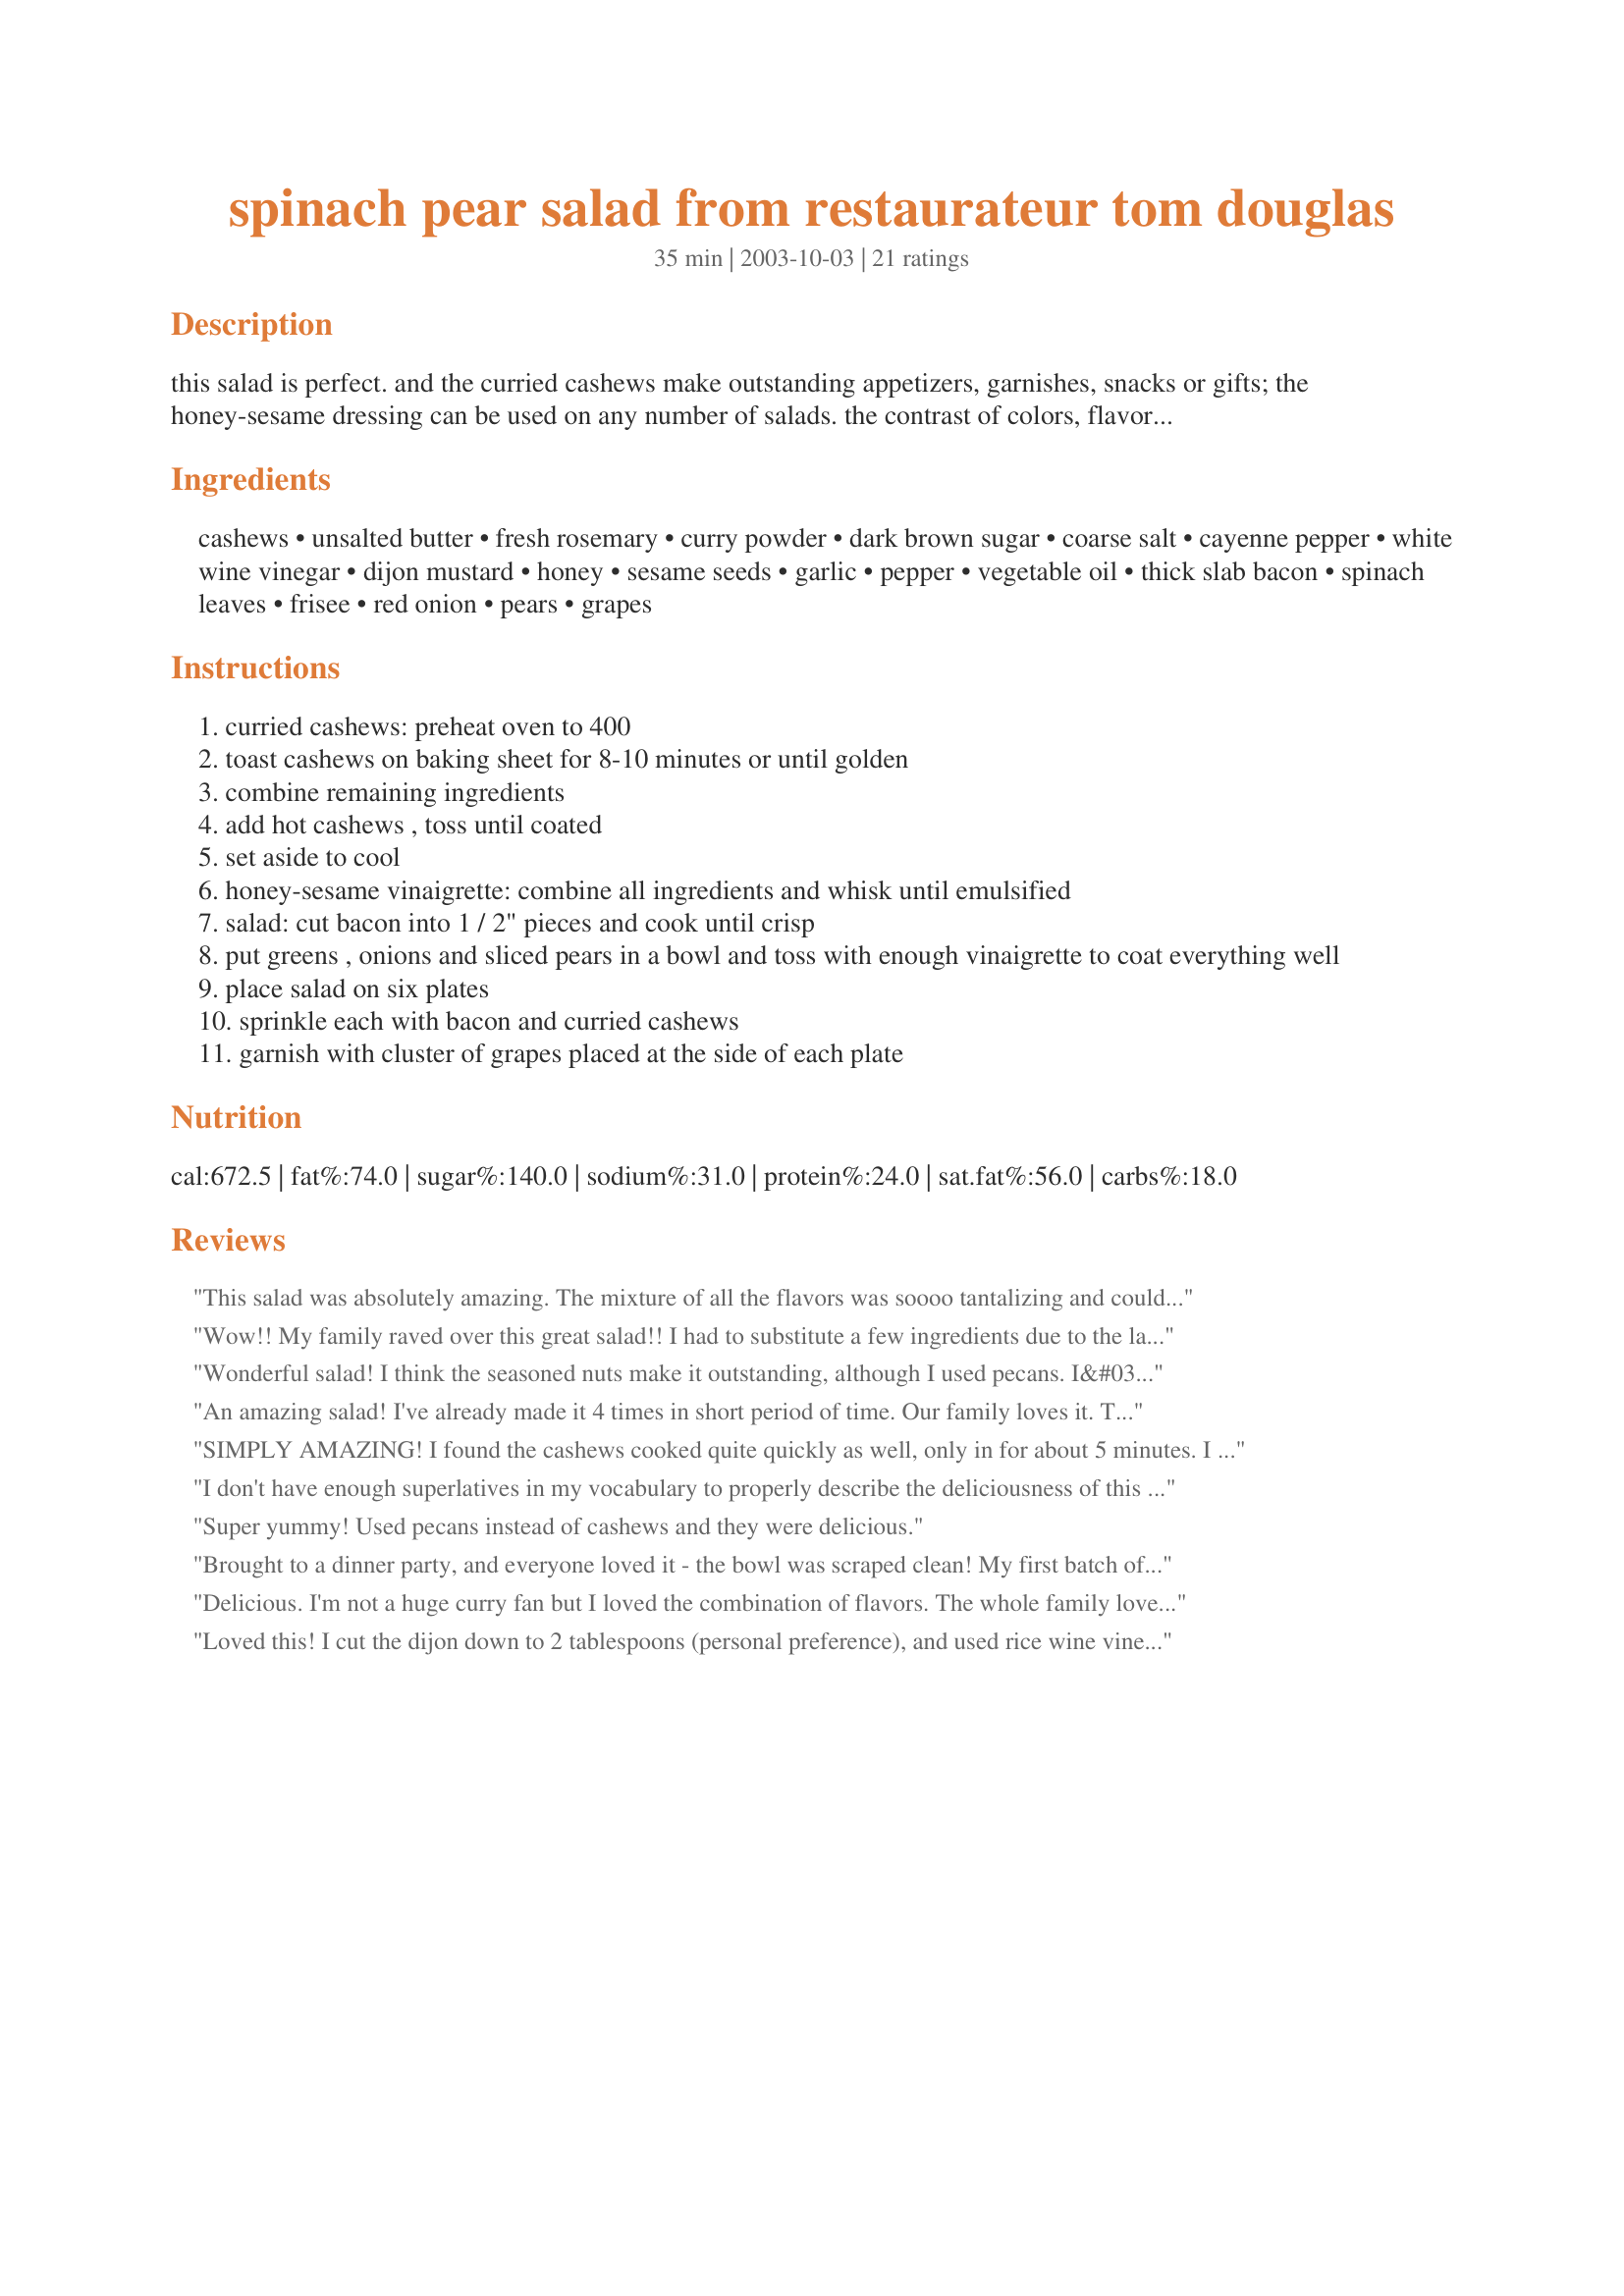
spinach pear salad from restaurateur tom douglas
Preparation time: 35 minutes

this salad is perfect. and the curried cashews make outstanding appetizers, garnishes, snacks or gifts; the honey-sesame dressing can be used on any number of salads. the contrast of colors, flavors and textures is inspired. tom douglas is chef and owner of 4 seattle eateries and this salad has been on his menu.

Ingredients:
cashews, unsalted butter, fresh rosemary, curry powder, dark brown sugar, coarse salt, cayenne pepper, white wine vinegar, dijon mustard, honey, sesame seeds, garlic, pepper, vegetable oil, thick slab bacon, spinach leaves, frisee, red onion, pears, grapes

Steps:
curried cashews: preheat oven to 400
toast cashews on baking sheet for 8-10 minutes or until golden
combine remaining ingredients
add hot cashews , toss until coated
set aside to cool
honey-sesame vinaigrette: combine all ingredients and whisk until emulsified
salad: cut bacon into 1 / 2" pieces and cook until crisp
put greens , onions and sliced pears in a bowl and toss with enough vinaigrette to coat everything well
place salad on six plates
sprinkle each with bacon and curried cashews
garnish with cluster of grapes placed at the side of each plate

Reviews:
This salad was absolutely amazing. The mixture of all the flavors was soooo tantalizing and could possibly be the best salad i've had! THANK YOU for posting! You have to try this one!
Wow!! My family raved over this great salad!! I had to substitute a few ingredients due to the lack of availability. I used cider vinegar instead of white wine and regular mustard instead of dijon, and increased the amount of honey. It was a great salad and everyone loved it! Thanks for the recipe! It will be made often!!!
Wonderful salad! I think the seasoned nuts make it outstanding, although I used pecans. I&#039;m sure it&#039;s wonderful as is, but for my own reference, I made these substitutions: apples, not pears. Regular yellow mustard, no rosemary on the nuts, no frisee.
An amazing salad! I've already made it 4 times in short period of time. Our family loves it. The combination of flavors is wonderful. The dressing would work well with other salads too. Only change I made was to use British "rashers" in place of thick bacon. This truly is, one of if not, the best salad I've ever eaten.
SIMPLY AMAZING! I found the cashews cooked quite quickly as well, only in for about 5 minutes. I also thought it was a little too heavy in dressing, so may cut back on it a bit next time. Except those minor details, the flavours were incredible - went over as one of the best!
I don't have enough superlatives in my vocabulary to properly describe the deliciousness of this salad. While the individual components are wonderful by themselves, when combined on one plate and eaten together, they rise to a rating far beyond 5 measly stars. My DH and I were humming with pleasure while eating this salad, and he begged me to make it again tomorrow since I had some dressing leftover. I begrudgingly agreed (lol). 
I confess to omitting the bacon and can only imagine that I am missing out on yet another layer of tantalizing tastes. Confession #2 is that two of us ate the whole serving of curried cashews on our salad! I'll definitely be make a bigger batch tomorrow so we can have a few left to munch on later.
Sugarpea, you were right...this is the BEST!
Super yummy! Used pecans instead of cashews and they were delicious.
Brought to a dinner party, and everyone loved it - the bowl was scraped clean! My first batch of cashews burned quickly in the oven. Second try just left them in for 5 min at 350, which was just right. Will definitely make again!
Delicious. I'm not a huge curry fan but I loved the combination of flavors. The whole family loved it. I added grilled chicken and homemade French bread to make it a complete meal. We love entree salads. Thanks!
Loved this! I cut the dijon down to 2 tablespoons (personal preference), and used rice wine vinegar instead of white wine vinegar, but otherwise made as directed. I'll make the salad again for sure, and probably the curried nuts will be made on their own many times as well.
I made this salad to go with our Christmas dinner and it was excellent, everyone loved it! We will be making this one again for sure!!!
You just have to try this recipe. It is Delicious! DH said it is the best, best, best salad he has ever eaten.
The curried cashews are great by themselves but are great on the salad too. Do try this GREAT recipe.
Delicious!!! I added blue cheese. I will definitely make this one again.
I don't know where I found the recipe I use for this salad. Mine is the exact same except for the amounts of lettuce and fruit. This is delicious!!
I took this to a friend's home for dinner and put the dressing, nuts and bacon in separate containers to mix just prior to serving. I sub apple cider vinegar, since that's usually on hand. I have substituted horseradish mustard for the Dijon with good effect as well.
Think I might try adding some julienned Swiss cheese and chicken for a complete meal.
This is yummy.
I've made a number of spinach salads with pears/apples. 

This one has an interesting smokey, mustardy, spicy taste. But to me the bacon plus the cashews and rather heavy dressing make it a bit heavy for my taste.
I prefer one with pomegranate, pear, and honey/basil/balsamic/evoo dressing.

WOW!! When I saw Geema's review of this salad I HAD to try it and we were not dissappointed. WE LOVED IT!!! I did use bacon and I think it's a must for an added dimension. I couldn't come up with slab bacon so I bought the thickest cut I could find. We're thinkin' this salad is getting served the next time we host our gourmet dinner club. Thanks so much for sharing.
The combination of flavors in this salad is incredilble! We love the curried cashews, they don't last long at my house though! Great recipe!
A friend found this here, and served it to us. Now we can't be without the curried cashews. We adjust the salad a little according to season, but always the cashews. Thanks so much for sharing this one.
Loved it! My husband doesn't usually like Spinach salad, but he had two servings of this one. I actually omitted the bacon and added a few cubes of cambozola cheese. It was a nice addition with the pear. The dressing is to die for and I will be using it for other salads more often!
I made this for a dinner party and it was an absolute WINNER!! A great combination of flavors- easy to make- you could make dressing and cashews way in advance! Wonderful blend of flavors with the bacon, the curried cashews, the Honey Vinaigrette and the PEARS!! Beautiful salad!!
I only put 3 TEAspoons of mustard in the dressing and it was enough. Instead of the spinach I use kale finely chopped and couscous. Delicious.
